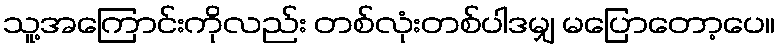
သူ့အကြောင်းကိုလည်း တစ်လုံးတစ်ပါဒမျှ မပြောတော့ပေ။